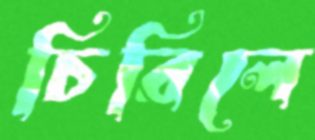
চিরিলে